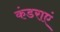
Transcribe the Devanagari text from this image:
कंडराएं